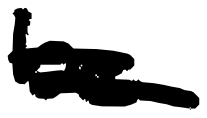
Text: be
Cross-out: double-line
Writing tool: digital_black